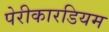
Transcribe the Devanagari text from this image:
पेरीकारडियम